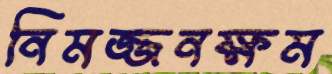
নিমজ্জনক্ষম